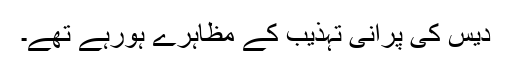
دیس کی پرانی تہذیب کے مظاہرے ہورہے تھے۔